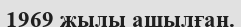
1969 жылы ашылған.